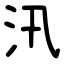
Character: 汛